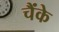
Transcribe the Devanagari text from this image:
चैंके